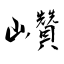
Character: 巑